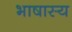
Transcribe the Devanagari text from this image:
भाषास्य